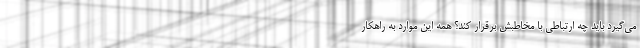
می‌گیرد باید چه ارتباطی با مخاطبش برقرار کند؟ همه این موارد به راهکار